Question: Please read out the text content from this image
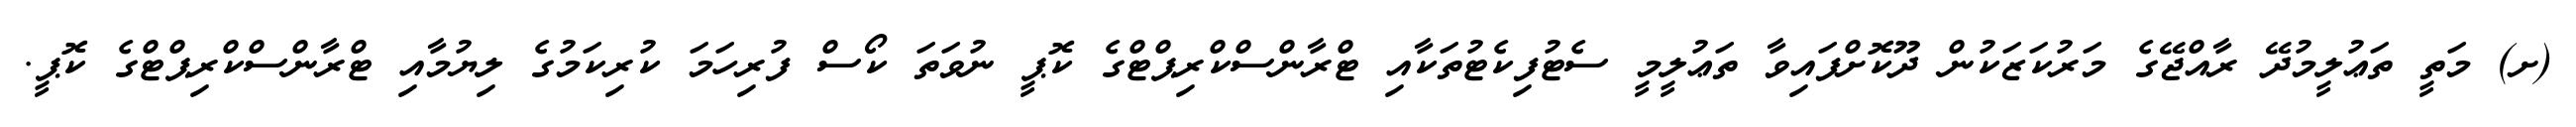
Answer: (ށ) މަތީ ތަޢުލީމުދޭ ރާއްޖޭގެ މަރުކަޒަކުން ދޫކޮށްފައިވާ ތަޢުލީމީ ސެޓުފިކެޓުތަކާއި ޓްރާންސްކްރިޕްޓްގެ ކޮޕީ ނުވަތަ ކޯސް ފުރިހަމަ ކުރިކަމުގެ ލިޔުމާއި ޓްރާންސްކްރިޕްޓްގެ ކޮޕީ.